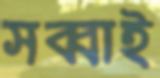
সব্বাই